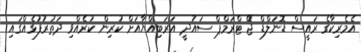
އެމެރިކާގެ ރައީސް ޑޮނަލްޑް ޖޭަ ޓްރަމްޕް ސައުދީ އަރަބިއްޔާއަށް ކުރިން ކުރެއްވި ދަތުރުފުޅެއްގައި